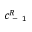
c _ { \mathrm { ~ - ~ } 1 } ^ { R }